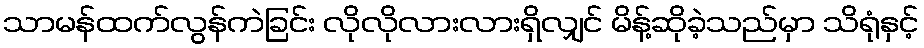
သာမန်ထက်လွန်ကဲခြင်း လိုလိုလားလားရှိလျှင် မိန့်ဆိုခဲ့သည်မှာ သိရုံနှင့်